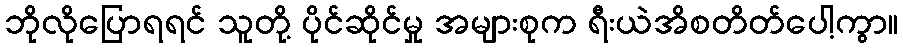
ဘိုလိုပြောရရင် သူတို့ ပိုင်ဆိုင်မှု အများစုက ရီးယဲအိစတိတ်ပေါ့ကွာ။